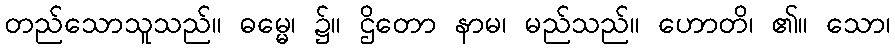
တည်သောသူသည်။ ဓမ္မေ၊ ၌။ ဌိတော နာမ၊ မည်သည်။ ဟောတိ၊ ၏။ သော၊